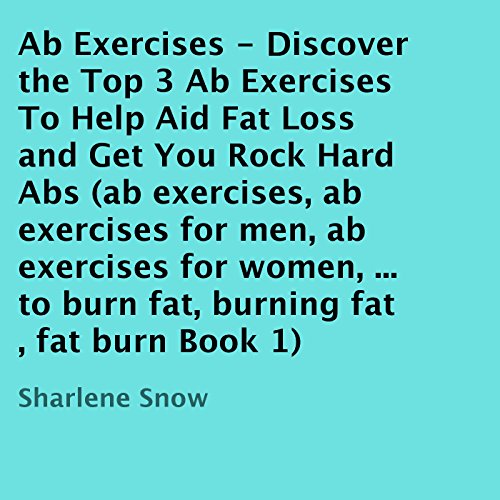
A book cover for Ab Exercises: Discover the Top 3 Ab Exercises to Help Aid Fat Loss and Get You Rock Hard Abs; Sharlene Snow; Sports & Outdoors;